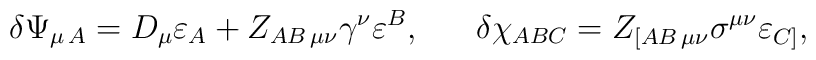
\delta \Psi_{\mu\,A}=D_{\mu}\varepsilon_A + Z_{AB\,\mu\nu}\gamma^{\nu}\varepsilon^B, \ \ \ \ \ \delta\chi_{ABC}= Z_{[AB\,\mu\nu}\sigma^{\mu\nu}\varepsilon_{C]},